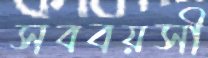
সববয়সী